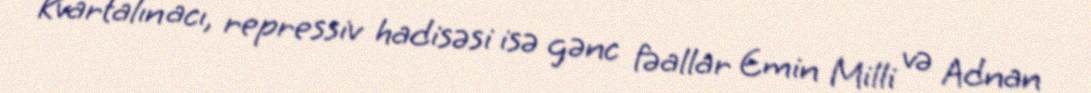
Kvartalın acı, repressiv hadisəsi isə gənc fəallar Emin Milli və Adnan